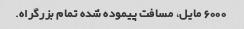
6000 مایل، مسافت پیموده شده تمام بزرگراه.